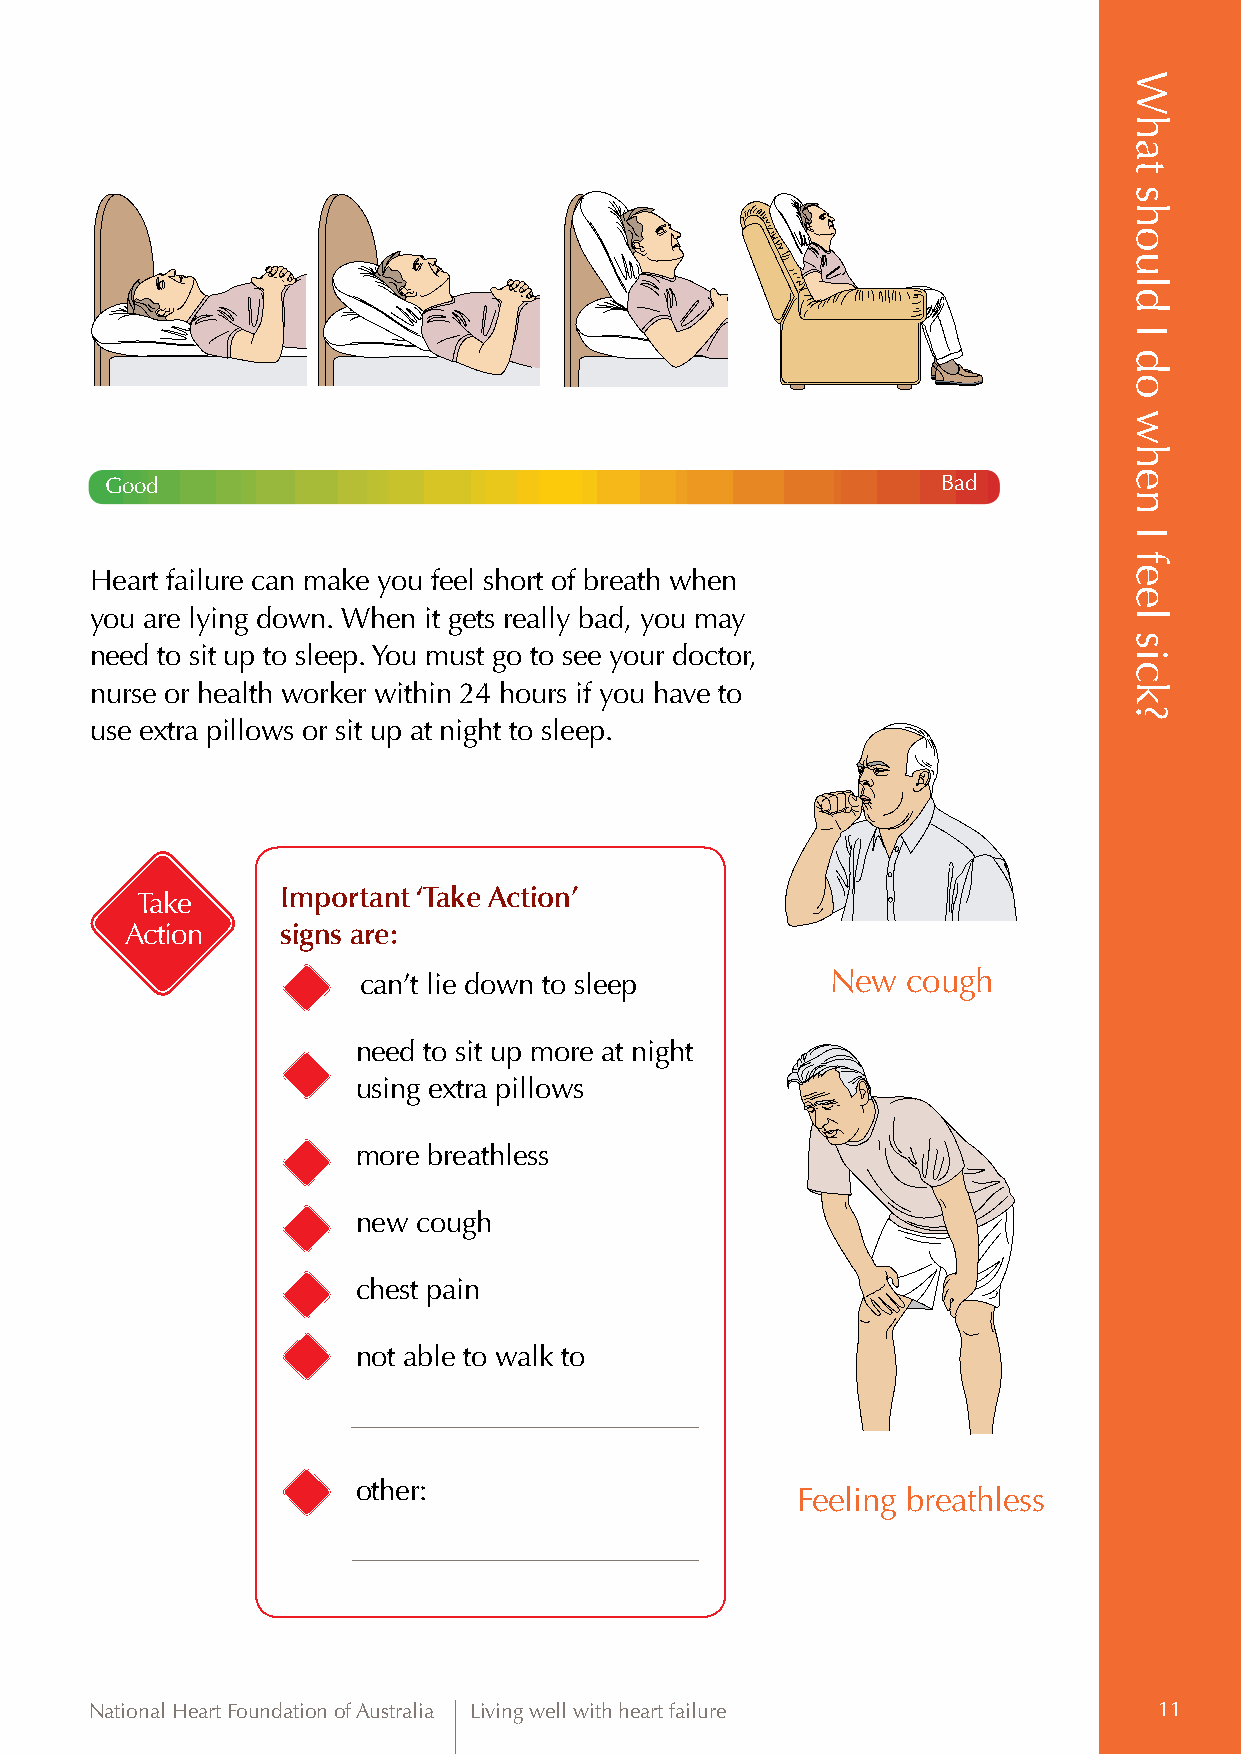
Good                                                   Bad
 Heart failure can make you feel short of breath when
 you are lying down. When it gets really bad, you may
 need to sit up to sleep. You must go to see your doctor,
 nurse or health worker within 24 hours if you have to
 use extra pillows or sit up at night to sleep.
 Take      Important ‘Take Action’
 Action     signs are:
 can’t lie down to sleep        New  cough
 need to sit up more at night
 using extra pillows
 more breathless
 new cough
 chest pain
 not able to walk to
 other:
 Feeling breathless
 National Heart Foundation of Australia Living well with heart failure  11
 What
 should
 I
 do
 when
 I
 feel
 sick?